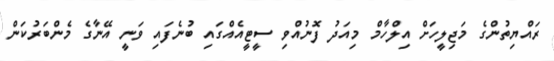
ރައްޔިތުންގެ މަޖިލީހަށް އިލްހާމް މިއަދު ފޮނުއްވި ސީޓީއެއްގައި ބުނެފައި ވަނީ އޭނާގެ މެންބަރުކަން